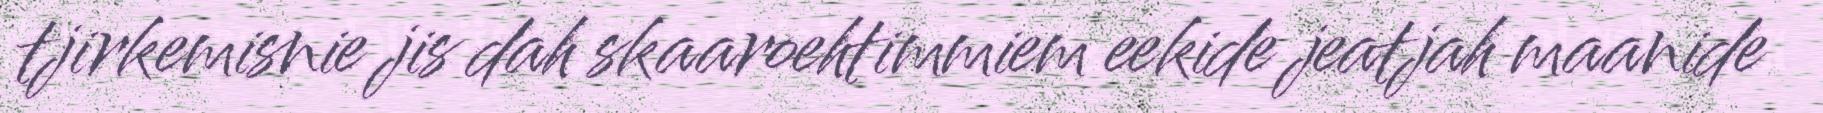
tjirkemisnie jis dah skaaroehtimmiem eekide jeatjah maanide